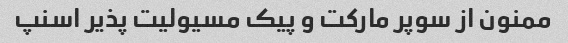
ممنون از سوپر مارکت و پیک مسیولیت پذیر اسنپ